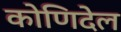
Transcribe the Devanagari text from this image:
कोणिदेल